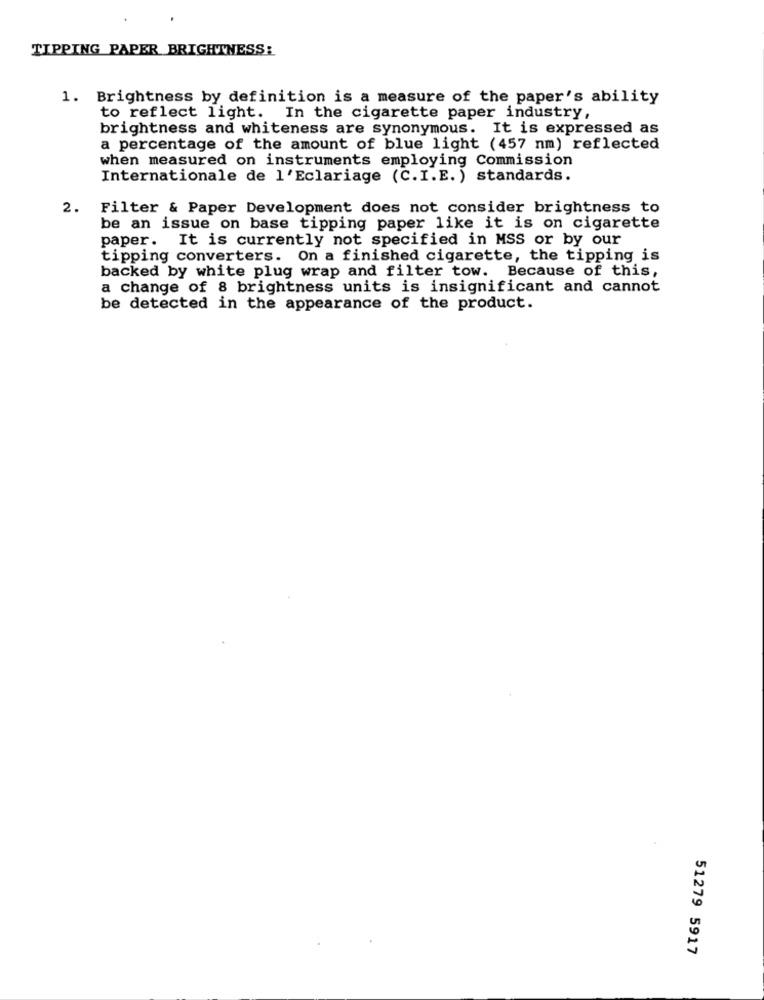
TIPPING PAPER BRIGHTNESS:
1. Brightness by definition is a measure of the paper's ability
to reflect light. In the cigarette paper industry,
brightness and whiteness are synonymous. It is expressed as
a percentage of the amount of blue light (457 nm) reflected
when measured on instruments employing Commission
Internationale de l'Eclariage (C.I.E. ) standards.
2.
Filter & Paper Development does not consider brightness to
be an issue on base tipping paper like it is on cigarette
paper. It is currently not specified in MSS or by our
tipping converters. On a finished cigarette, the tipping is
backed by white plug wrap and filter tow. Because of this,
a change of 8 brightness units is insignificant and cannot
be detected in the appearance of the product.
51279 5917